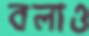
বলাও